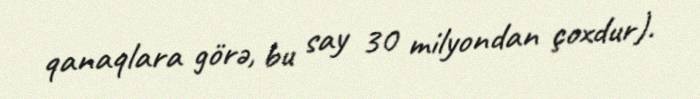
qanaqlara görə, bu say 30 milyondan çoxdur).